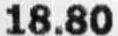
18.80